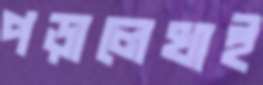
পড়ালেখাই